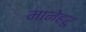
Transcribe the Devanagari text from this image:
मानेहरु